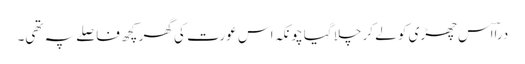
دراؔاس چھڑی کو لے کر چلا گیا چونکہ اس عورت کی گھر کچھ فاصلے پہ تھی۔